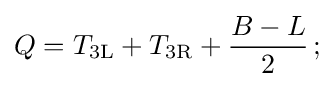
Q=T_{\rm {3L}}+T_{\rm {3R}}+{\frac {B-L}{2}}\,;